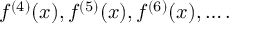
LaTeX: f ^ { ( 4 ) } ( x ) , f ^ { ( 5 ) } ( x ) , f ^ { ( 6 ) } ( x ) , \ldots .